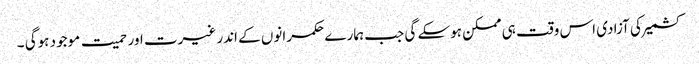
کشمیر کی آزادی اس وقت ہی ممکن ہوسکے گی جب ہمارے حکمرانوں کے اندر غیرت اور حمیت موجود ہوگی ۔